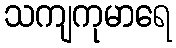
သကျကုမာရေ